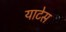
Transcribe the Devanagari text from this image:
याटेस